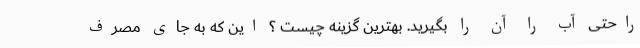
راحتی آب را آن را بگیرید. بهترین گزینه چیست ؟ این که به جای مصرف